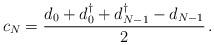
LaTeX: \begin{align*}c_N=\frac{d_{0}+d^{\dagger}_0+d^{\dagger}_{N-1}-d_{N-1}}{2}\,.\end{align*}